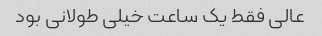
عالی فقط یک ساعت خیلی طولانی بود